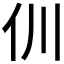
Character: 𠆯